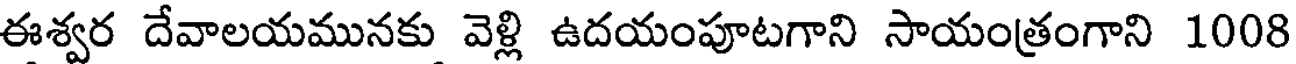
ఈశ్వర దేవాలయమునకు వెళ్లి ఉదయంపూటగాని సాయంత్రంగాని 1008